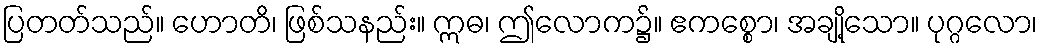
ပြတတ်သည်။ ဟောတိ၊ ဖြစ်သနည်း။ ဣဓ၊ ဤလောက၌။ ဧကစ္စော၊ အချို့သော။ ပုဂ္ဂလော၊